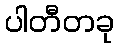
ပါတီတခု